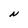
Character: N